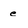
Character: e